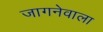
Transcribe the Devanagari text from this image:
जागनेवाला